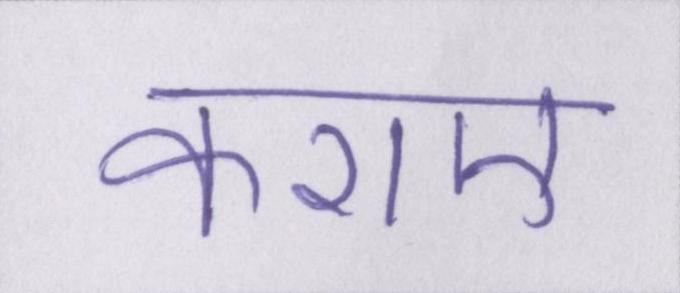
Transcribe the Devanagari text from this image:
कराए